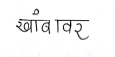
मजकूर: खांबावर